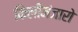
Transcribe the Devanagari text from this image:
किलीमंजारो